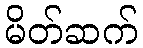
မိတ်ဆက်